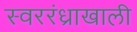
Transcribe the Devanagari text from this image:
स्वररंध्राखाली